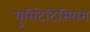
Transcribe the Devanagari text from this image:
युसिटेटिसियम